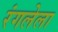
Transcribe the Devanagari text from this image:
रंगलेला